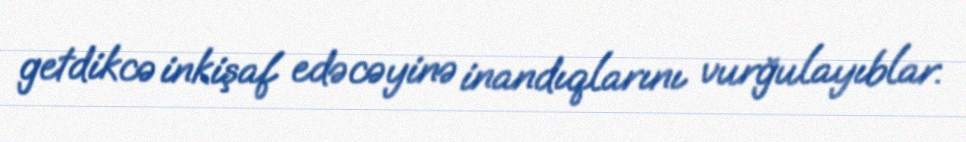
getdikcə inkişaf edəcəyinə inandıqlarını vurğulayıblar.